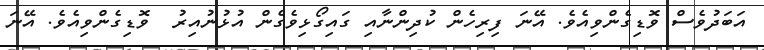
އަބަދުވެސް ވޮޑިގެންވިއެވެ. އޭނަ ފިރިހެން ކުދިންނާއި ގައިގޯޅިވެގެން އުޅުނުއިރު  ވޮޑިގެންވިއެވެ. އޭނަ